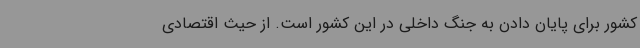
کشور برای پایان دادن به جنگ داخلی در این کشور است. از حیث اقتصادی